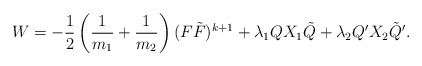
\begin{align*}W=-\frac{1}{2} \left ( \frac{1}{m_1} + \frac{1} {m_2} \right )( F \tilde{F})^{k+1}+\lambda_1 Q X_1 \tilde{Q} + \lambda_2 Q' X_2 \tilde{Q}'.\end{align*}